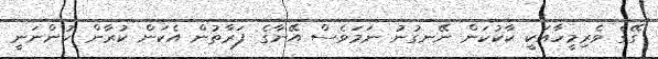
ގޭގެ ވެރިމީހާއަކީ ކާކުކަން ނޭނގުނު ނަމަވެސް އޭނާގެ ފަރާތުން އެކަން ކުރާން ހުންނަނީ